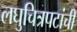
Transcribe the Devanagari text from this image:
लघुचित्रपटांची